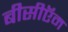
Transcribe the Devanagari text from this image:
बीसीऍम